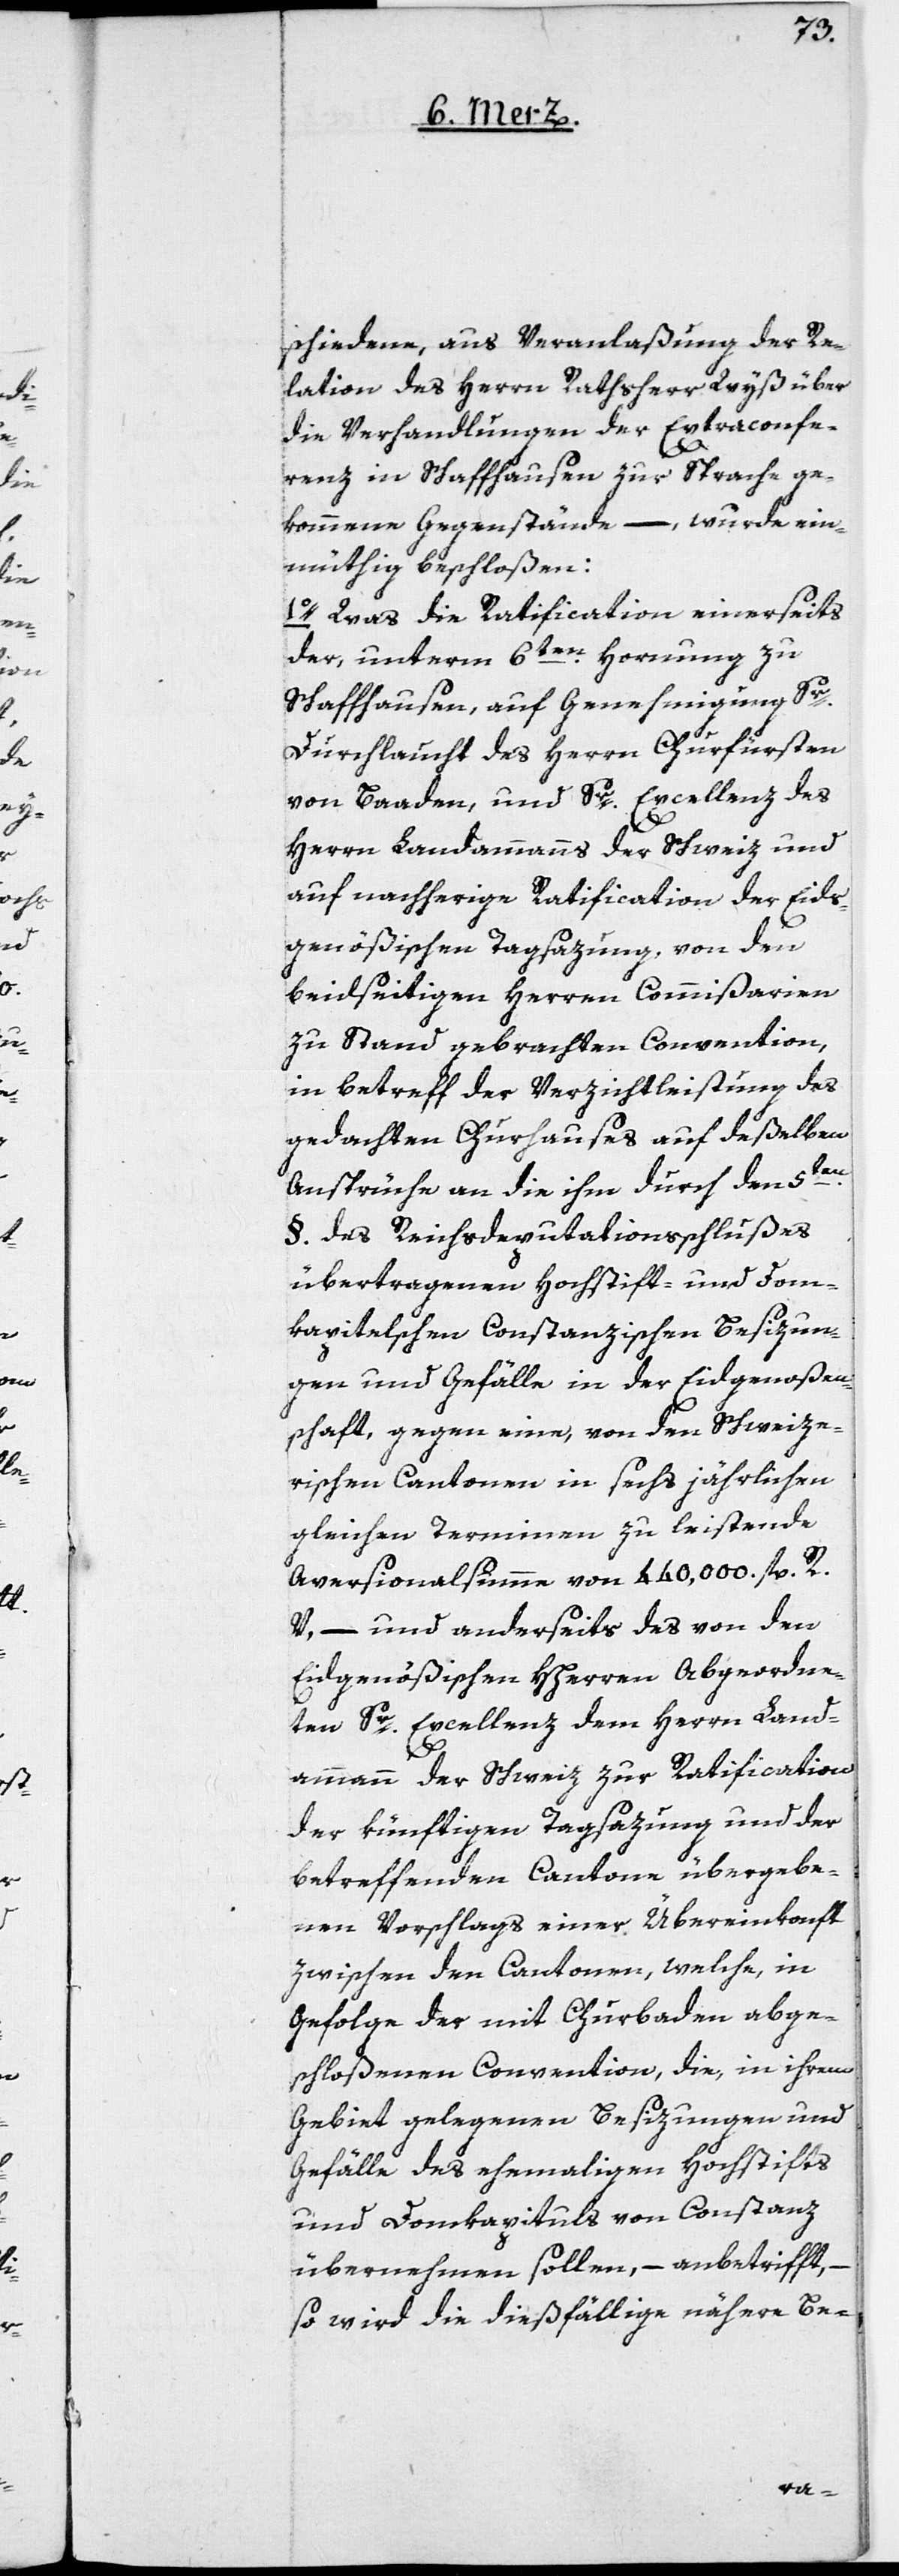
schiedene, aus Veranlaßung der Re¬
lation des Herrn Rathsherr Wyß über
die Verhandlungen der Extraconfe¬
renz in Schaffhausen zur Sprache ge¬
kommene Gegenstände, – wurde ein¬
müthig beschloßen:
1o. Was die Ratification einerseits
der, unterm 6ten Hornung zu
Schaffhausen, auf Genehmigung Sr.
Durchlaucht des Herrn Churfürsten
von Baaden, und Sr. Excellenz des
Herrn Landammanns der Schweiz und
auf nachherige Ratification der Eids¬
genößischen Tagsazung, von den
beidseitigen Herren Commißarien
zu Stand gebrachten Convention,
in Betreff der Verzichtleistung des
gedachten Churhauses auf deßelben
Ansprüche an die ihm durch den 5ten
§. des Reichsdeputationsschlußes
übertragenen Hochstift- und Dom¬
kapitelschen Constanzischen Besizun¬
gen und Gefälle in der Eidgenoßen¬
schaft, gegen eine, von den Schweize¬
rischen Cantonen in sechs jährlichen
gleichen Terminen zu leistende
Aversionalsumme von 440,000 fl. R.
V., – und anderseits des von den
Eidgenößischen HHerren Abgeordne¬
ten Sr. Excellenz dem Herrn Land¬
ammann der Schweiz zur Ratification
der künftigen Tagsazung und der
betreffenden Cantone übergebe¬
nen Vorschlags einer Übereinkonft
zwischen den Cantonen, welche, in
Gefolge der mit Churbaden abge¬
schloßenen Convention, die, in ihrem
Gebiet gelegenen Besizungen und
Gefälle des ehemaligen Hochstifts
und Domkapituls von Constanz
übernehmen sollen, – anbetrifft,
so wird die dießfällige nähere Be-